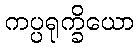
ကပ္ပရုက္ခိယော